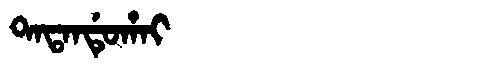
Manchu: ᡨᠠᡨᠠᠨᡩᡠᡥᠠᡳ
Romanization: TATANDUHAI